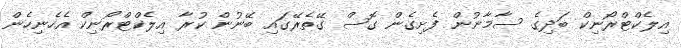
އިލެކްޓްރޯނިކް ބަދިގެ ސާމާނުން ފެށިގެން ގޮސް ގޭތެރޭގައި ބޭނުން ކުރާ އިލެކްޓްރޯނިކް އެހެނިހެން